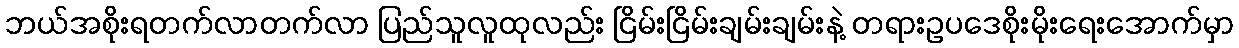
ဘယ်အစိုးရတက်လာတက်လာ ပြည်သူလူထုလည်း ငြိမ်းငြိမ်းချမ်းချမ်းနဲ့ တရားဥပဒေစိုးမိုးရေးအောက်မှာ